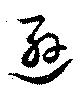
遜